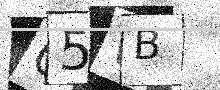
Text: Q5WB